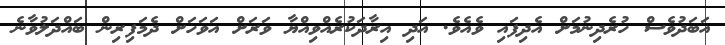
އަބަދުވެސް ހުރެދިނުމަށް އެދިފައި ވެއެވެ. އަދި އިރާދަކުރެއްވިއްޔާ ވަރަށް އަވަހަށް ދެމަފިރިން ބައްދަލުވާނެ